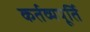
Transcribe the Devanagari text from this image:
कर्तव्यपूर्ति